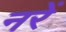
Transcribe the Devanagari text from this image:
नरें